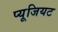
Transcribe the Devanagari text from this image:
प्यूजियट